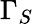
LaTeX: \Gamma_{S}